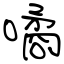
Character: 噊